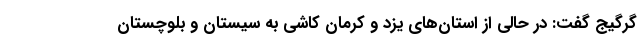
گرگیج گفت: در حالی از استان‌های یزد و کرمان کاشی به سیستان و بلوچستان